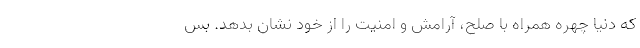
که دنیا چهره همراه با صلح، ‌آرامش و امنیت را از خود نشان بدهد. بس